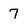
Character: 7